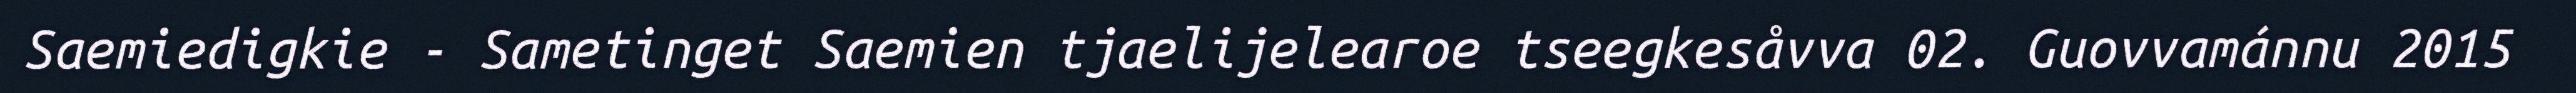
Saemiedigkie - Sametinget Saemien tjaelijelearoe tseegkesåvva 02. Guovvamánnu 2015